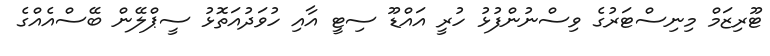
ޓޫރިޒަމް މިނިސްޓަރުގެ ވިސްނުންފުޅު ހުރީ އައްޑޫ ސިޓީ އާއި ހުވަދުއަތޮޅު ސީޕްލޭން ބޭސްއެއްގެ